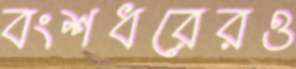
বংশধরেরও